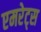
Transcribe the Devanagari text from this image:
एमरेट्स